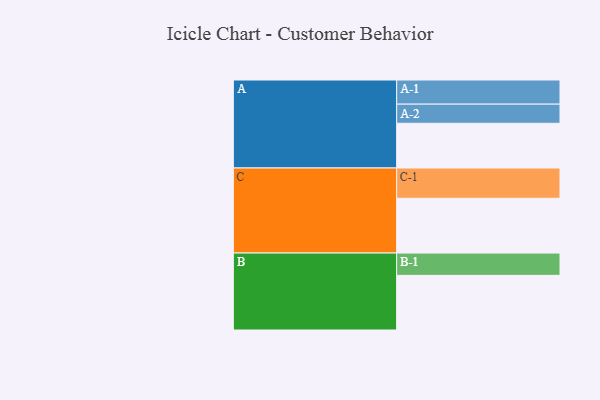
{"axis": {"x": "Segment", "y": "Value"}, "legend": ["", "A", "B", "C"], "data": [{"x": "A", "y": 413, "type": ""}, {"x": "B", "y": 505, "type": ""}, {"x": "C", "y": 506, "type": ""}, {"x": "A-1", "y": 223, "type": "A"}, {"x": "A-2", "y": 177, "type": "A"}, {"x": "B-1", "y": 206, "type": "B"}, {"x": "C-1", "y": 280, "type": "C"}]}